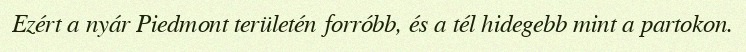
Ezért a nyár Piedmont területén forróbb, és a tél hidegebb mint a partokon.